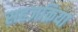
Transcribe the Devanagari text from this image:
सहजक्रिया